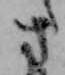
さ